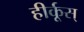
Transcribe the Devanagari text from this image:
हीर्कूस्